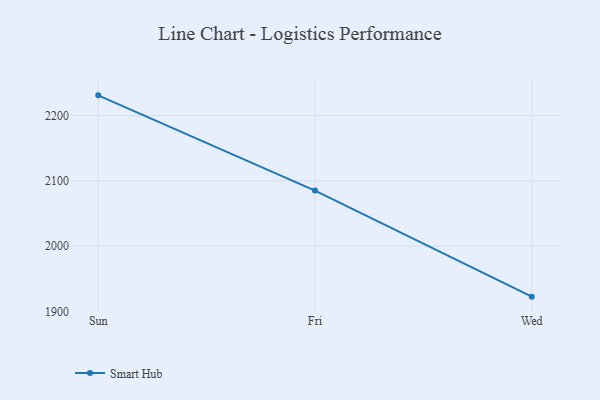
{"axis": {"x": "Day", "y": "Waste Production (Tons)"}, "legend": ["Smart Hub"], "data": [{"x": "Sun", "y": 2230.8, "type": "Smart Hub"}, {"x": "Fri", "y": 2085.0, "type": "Smart Hub"}, {"x": "Wed", "y": 1922.6, "type": "Smart Hub"}]}